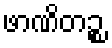
ဖာဏိတဉ္စ